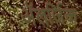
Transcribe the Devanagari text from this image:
अॅलर्जिक